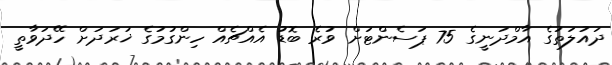
ދައުލަތުގެ އާމްދަނީގެ 75 ޕަސެންޓަށް ވުރެ ބޮޑު އެއްޗެއް ހިންގުމުގެ ޚަރަދަށް ހޭދަވާތީ